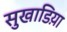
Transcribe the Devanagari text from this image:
सुखाडिय़ा